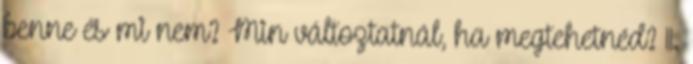
benne és mi nem? Min változtatnál, ha megtehetnéd? 11.